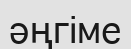
әңгіме